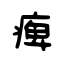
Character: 痺